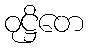
ဝုဋ္ဌိတေ